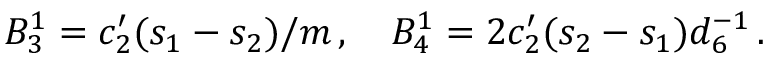
B _ { 3 } ^ { 1 } = c _ { 2 } ^ { \prime } ( s _ { 1 } - s _ { 2 } ) / m \, , \quad B _ { 4 } ^ { 1 } = 2 c _ { 2 } ^ { \prime } ( s _ { 2 } - s _ { 1 } ) d _ { 6 } ^ { - 1 } \, .